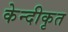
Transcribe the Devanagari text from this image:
केन्दीकृत